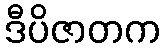
ဒီပိဇာတက